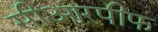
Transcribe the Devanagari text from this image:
सीआरपीफ